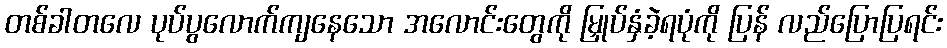
တစ်ခါတလေ ပုပ်ပွလောက်ကျနေသော အလောင်းတွေကို မြှုပ်နှံခဲ့ရပုံကို ပြန် လည်ပြောပြရင်း